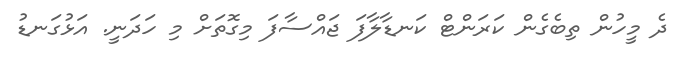
ދެ މީހުން ތިބެގެން ކަރަންޓް ކަނޑާލާފަ ޖައްސާފަ މިގޮތަށް މި ހަދަނީ. އަޅުގަނޑު